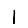
Digit: 1